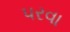
પરવા